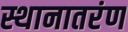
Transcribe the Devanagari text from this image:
स्थानातरंण